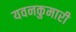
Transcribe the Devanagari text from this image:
यवनकुमारी